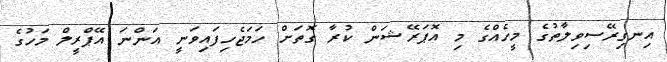
އިނގިރޭސިވިލާތުގެ މީހެއްގެ މި އޮޕަރޭޝަން ކުރާ ގޮތަށް ހަމަޖެހިފައިވަނީ އަންނަ އޭޕްރީލް މަހުގެ